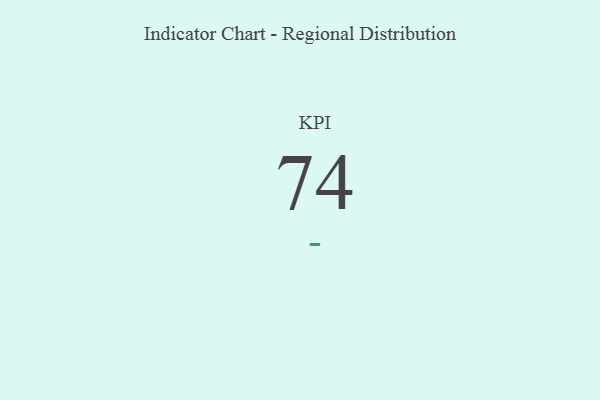
{"axis": {"x": "KPI", "y": "Value"}, "legend": [""], "data": [{"x": "KPI", "y": 74, "type": ""}]}